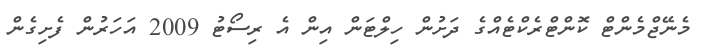
މެނޭޖްމެންޓް ކޮންޓްރެކްޓެއްގެ ދަށުން ހިލްޓަން އިން އެ ރިސޯޓު 2009 އަހަރުން ފެށިގެން